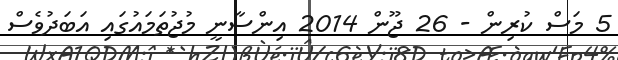
5 މަސް ކުރިން - 26 ޖޫން 2014 އިންސާނީ މުޖުތަމައުގައި އަބަދުވެސް